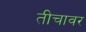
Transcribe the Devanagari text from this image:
तीचावर